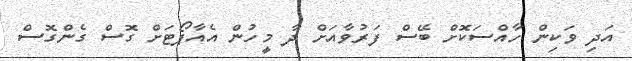
އަދި ވަކިން ހާއްސަކޮށް ބޭސް ފަރުވާއަށް ދާ މީހުން އެއާޕޯޓަށް ގޮސް ގެންގޮސް